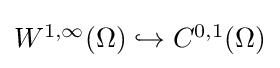
{\textstyle W^{1,\infty }(\Omega )\hookrightarrow C^{0,1}(\Omega )}